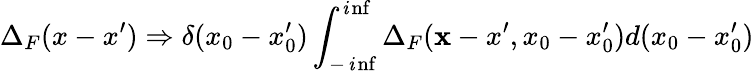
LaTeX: \Delta_{F}(x-x^{\prime})\Rightarrow\delta(x_{0}-x_{0}^{\prime})\int_{-\operatorname*{\mathit{i}nf}}^{\operatorname*{\mathit{i}nf}}\Delta_{F}({\mathbf{x}-x^{\prime}},x_{0}-x_{0}^{\prime})d(x_{0}-x_{0}^{\prime})